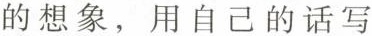
的想象，用自己的话写